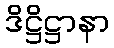
ဒိဋ္ဌိဋ္ဌာနာ